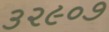
૩૨૯૦૭